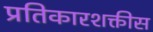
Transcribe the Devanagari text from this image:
प्रतिकारशक्तीस